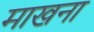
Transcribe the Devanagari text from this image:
माखना